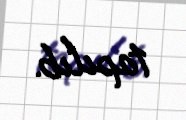
tapılıb.